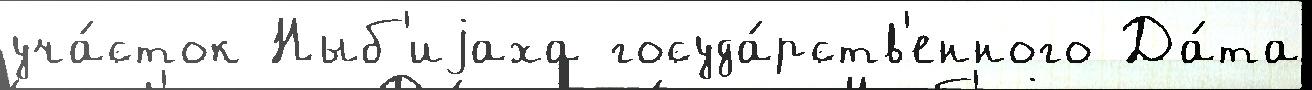
уча́сток Ныб'иjаха госуда́рств'енного Да́та